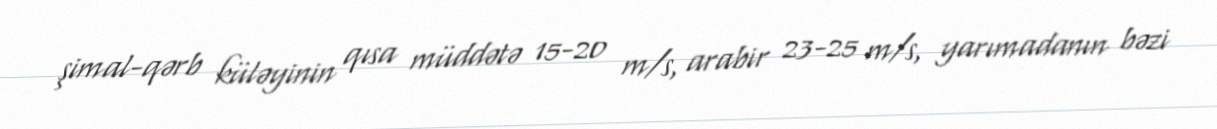
şimal-qərb küləyinin qısa müddətə 15-20 m/s, arabir 23-25 m/s, yarımadanın bəzi